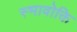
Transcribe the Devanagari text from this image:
स्भावोक्ति